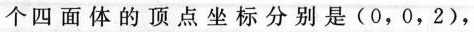
个四面体的顶点坐标分别是(0，0，2)，